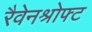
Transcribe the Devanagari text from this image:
रैवेनश्रोफ्ट